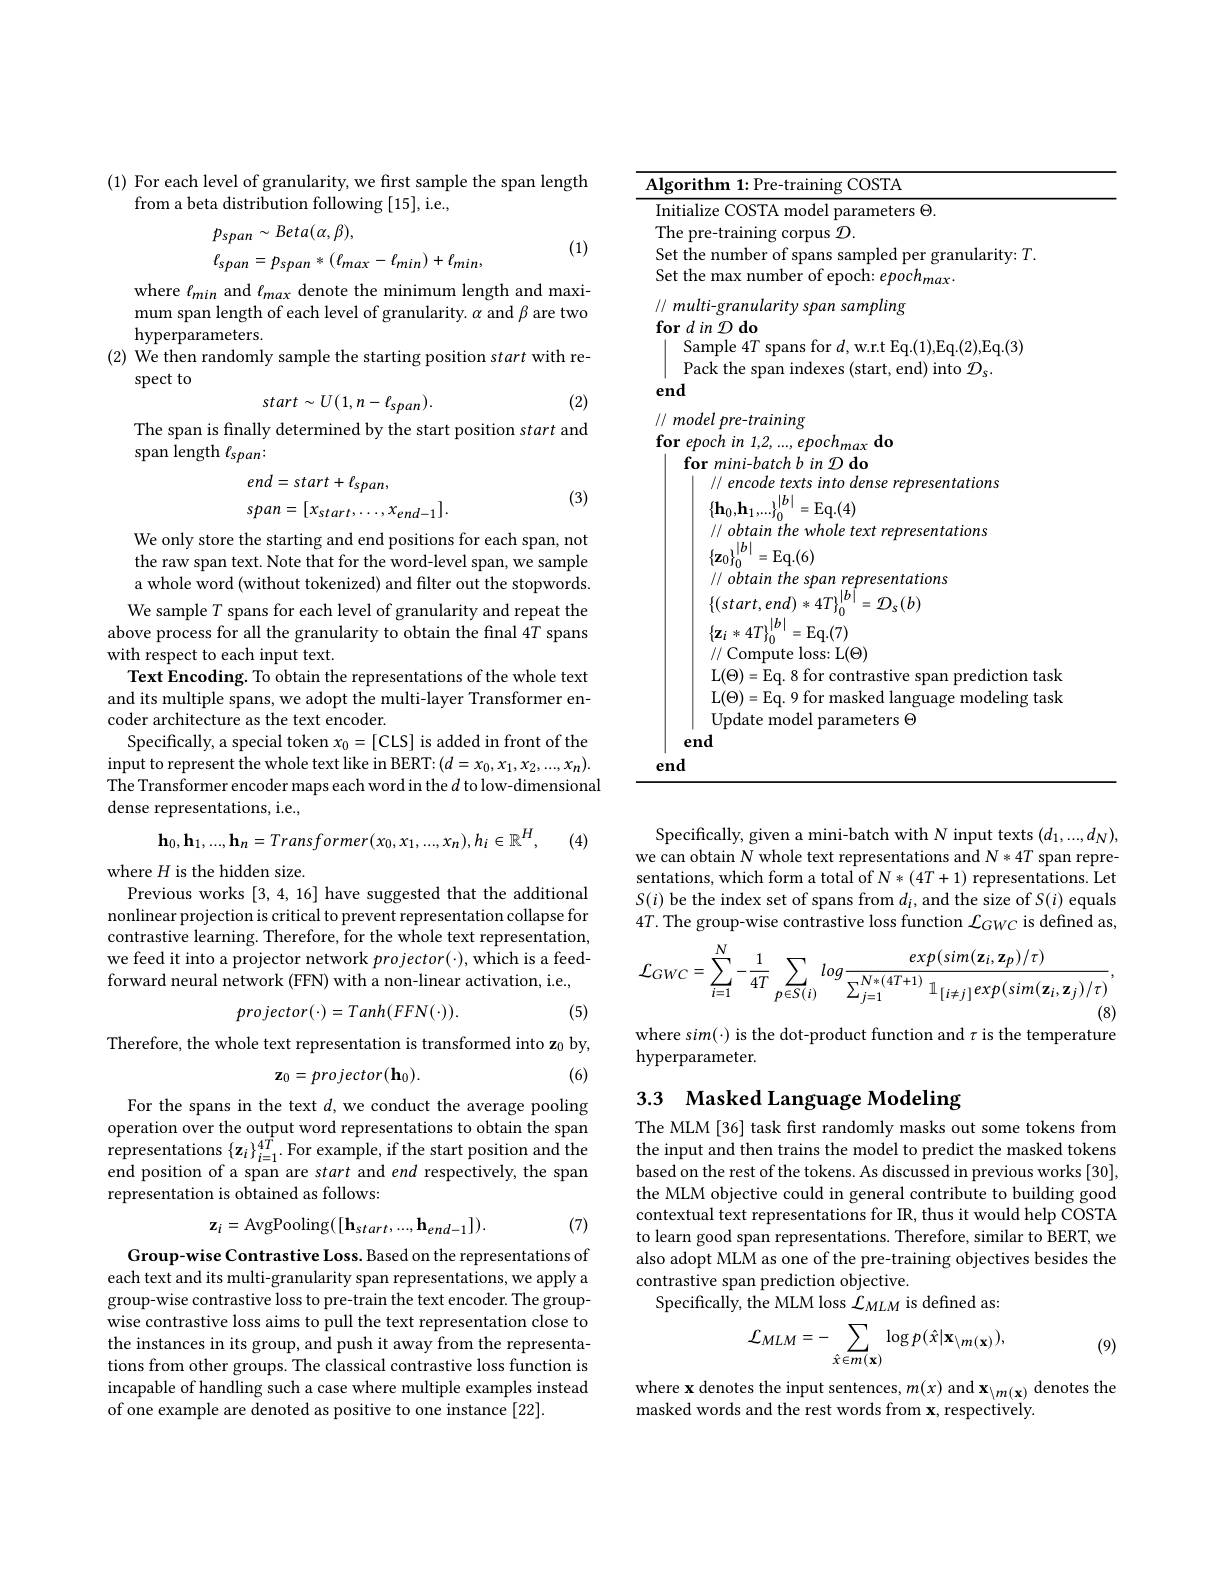
(1) For each level of granularity, we first sample the span length

from a beta distribution following [15], i.e.,
$$\begin{aligned}&p_{span}\sim Beta(\alpha,\beta),\\&\ell_{span}=p_{span}*(\ell_{max}-\ell_{min})+\ell_{min},\end{aligned}$$
(1)

where $\ell_{min}$ and $\ell_{max}$ denote the minimum length and maximum span length of each level of granularity. $\alpha$ and $\beta$ are two hyperparameters.
(2) We then randomly sample the starting position start with re-
spect to
(2)
$$start\sim U(1,n-\ell_{span}).$$
The span is finally determined by the start position start and
$\operatorname{span}$length $\ell_{span}:$
$$\begin{aligned}&end=start+\ell_{span},\\&span=[x_{start},\ldots,x_{end-1}].\end{aligned}$$
(3)

We only store the starting and end positions for each span, not the raw span text. Note that for the word-level span, we sample a whole word (without tokenized) and filter out the stopwords. We sample $T$ spans for each level of granularity and repeat the
above process for all the granularity to obtain the final 4T spans
with respect to each input text.
Text Encoding. To obtain the representations of the whole text and its multiple spans, we adopt the multi-layer Transformer encoder architecture as the text encoder.
Specifically, a special token $x_0=[$CLS] is added in front of the input to represent the whole text like in BERT:$(d=x_0,x_1,x_2,...,x_n).$ The Transformer encoder maps each word in the $d$ to low-dimensional dense representations, i.e.,
$$\mathbf{h}_{0},\mathbf{h}_{1},...,\mathbf{h}_{n}=Transformer(x_{0},x_{1},...,x_{n}),h_{i}\in\mathbb{R}^{H},$$
(4)

where $H$ is the hidden size.
Previous works [3,4,16] have suggested that the additional nonlinear projection is critical to prevent representation collapse for contrastive learning. Therefore, for the whole text representation, we feed it into a projector network $projector(\cdot)$, which is a feedforward neural network (FFN) with a non-linear activation, i.e.,
$$projector(\cdot)=Tanh(FFN(\cdot)).$$
(5)

Therefore, the whole text representation is transformed into z$_0$ by,
$$\mathbf{z}_{0}=projector(\mathbf{h}_{0}).$$
(6)

For the spans in the text $d$,we conduct the average pooling operation over the output word representations to obtain the span representations $\{\mathbf{z}_{i}\}_{i=1}^{4T}.$ For example, if the start position and the end position of a span are start and end respectively, the span representation is obtained as follows:
$$\mathbf{z}_{i}=\mathrm{AvgPooling}([\mathbf{h}_{start},...,\mathbf{h}_{end-1}]).$$
(7)

Group-wise Contrastive Loss. Based on the representations of each text and its multi-granularity span representations, we apply a group-wise contrastive loss to pre-train the text encoder. The groupwise contrastive loss aims to pull the text representation close to the instances in its group, and push it away from the representations from other groups. The classical contrastive loss function is incapable of handling such a case where multiple examples instead of one example are denoted as positive to one instance [22].

<table>
	<tbody>
		<tr>
			<td>$\log$rithm 1:Pre-training COSTA</td>
			<td>$l_{f}$ $|g$</td>
			<td>ithm 1: Pre- training COSTA</td>
		</tr>
		<tr>
			<td>nitialize COSTA model parameters $\Theta.$</td>
			<td>[n 1. 1</td>
			<td>${\mathrm{lize~COSTA~model~parameters~}\Theta}.$</td>
		</tr>
		<tr>
			<td>L( $\Theta$) = Eq. 8 for contrastive span predictio L$( \Theta ) =$Eq. 9 for masked language modelin Update model parameters $\Theta$</td>
			<td> </td>
			<td>L$(\Theta)=$Eq. 8 for contrastive span prediction tasl L( $\Theta$) = Eq. 9 for masked language modeling tasl Update model parameters $\Theta$</td>
		</tr>
		<tr>
			<td> </td>
			<td> </td>
			<td> </td>
		</tr>
	</tbody>
</table>

Specifically, given a mini-batch with N input texts $(d_1,...,d_N)$, we can obtain N whole text representations and $N*4T$ span representations, which form a total of $N*(4T+1)$ representations. Let $S(i)$ be the index set of spans from $d_i$,and the size of $S(i)$ equals $4T.$ The group-wise contrastive loss function $\mathcal{L}_GWC$ is defined as,
$$\mathcal{L}_{GWC}=\sum_{i=1}^{N}-\frac{1}{4T}\sum_{p\in S(i)}log\frac{exp(sim(\mathbf{z}_{i},\mathbf{z}_{p})/\tau)}{\sum_{j=1}^{N*(4T+1)}\mathbb{1}_{[i\neq j]}exp(sim(\mathbf{z}_{i},\mathbf{z}_{j})/\tau)},$$
where s$im(\cdot)$ is the dot-product function and $\tau$ is the temperature

hyperparameter.

# 3.3 Masked Language Modeling

The MLM [36] task first randomly masks out some tokens from the input and then trains the model to predict the masked tokens based on the rest of the tokens. As discussed in previous works [30], the MLM objective could in general contribute to building good contextual text representations for IR, thus it would help COSTA to learn good span representations. Therefore, similar to BERT, we also adopt MLM as one of the pre-training objectives besides the contrastive span prediction objective.
Specifically, the MLM loss $\mathcal{L}_{MLM}$ is defined as:
$$\mathcal{L}_{MLM}=-\sum_{\hat{x}\in m(\mathbf{x})}\log p(\hat{x}|\mathbf{x}_{\setminus m(\mathbf{x})}),$$
(9)

where x denotes the input sentences, $m(x)$ and $\mathbf{x}_\backslash m(\mathbf{x})$ denotes the
masked words and the rest words from x, respectively